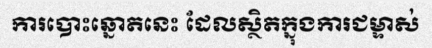
ការបោះឆ្នោតនេះ ដែលស្ថិតក្នុងការជម្ទាស់